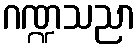
ဂဏ္ဍသညာ